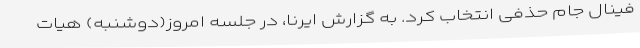
فینال جام حذفی انتخاب کرد. به گزارش ایرنا، در جلسه امروز(دوشنبه) هیات